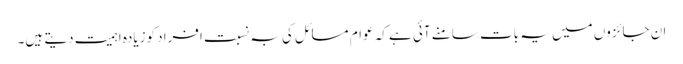
ان جائزوں میں یہ بات سامنے آئی ہے کہ عوام مسائل کی بہ نسبت افراد کوزیادہ اہمیت دیتے ہیں۔